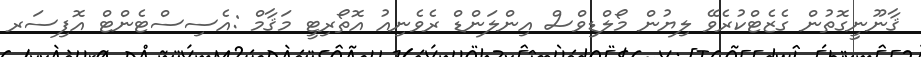
ޤާނޫނީގޮތުން ގެޒެޓްކުރެވޭ ލިޔުން މޯލްޑިވްސް އިންލަންޑް ރެވެނިއު އޮތޯރިޓީ މަޤާމް :އެސިސްޓެންޓް އޮފިސަރ